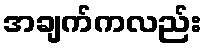
အချက်ကလည်း